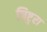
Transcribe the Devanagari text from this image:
निष्टुरा